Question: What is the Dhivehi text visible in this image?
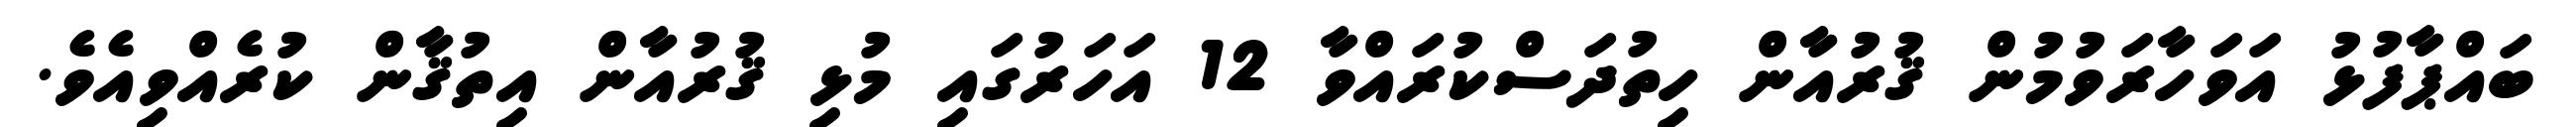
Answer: ބައްޕާފުޅު އަވަހާރަވުމުން ޤުރުއާން ހިތުދަސްކުރައްވާ 12 އަހަރުގައި މުޅި ޤުރުއާން އިތުޤާން ކުރެއްވިއެވެ.